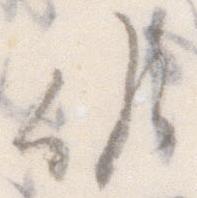
候